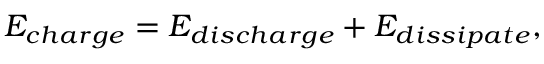
E _ { c h a r g e } = E _ { d i s c h a r g e } + E _ { d i s s i p a t e } ,